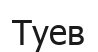
Туев